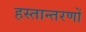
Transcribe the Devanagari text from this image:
हस्तान्तरणों